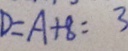
D = A + 8 = 3